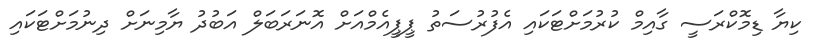
ކިޔާ ޑިމޮކްރަސީ ގާއިމް ކުރުމަށްޓަކައި އެފުރުސަތު ޕީޕީއެމްއަށް އޮނަރަބަލް އަބުދު ޔާމިނަށް ދިނުމަށްޓަކައި